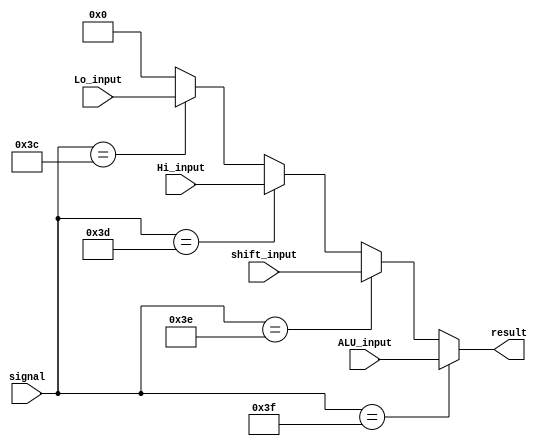
`timescale 1ns/ 1ns
module MUX( signal, ALU_input, Hi_input, Lo_input, shift_input, result );

input [5:0] signal; 
input [31:0]ALU_input, Hi_input, Lo_input, shift_input ;

output wire [31:0] result ;

parameter ALU = 6'd63;                             
parameter SHIFT = 6'd62 ;   
parameter MULTU = 6'd25 ;
parameter HI = 6'd61;
parameter LO = 6'd60;

assign result = ( signal == ALU) ? ALU_input :
                ( signal == SHIFT ) ? shift_input :
				( signal == HI ) ? Hi_input : 
				( signal == LO ) ? Lo_input : 32'd0 ;
				



endmodule